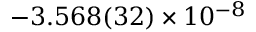
- 3 . 5 6 8 ( 3 2 ) \times 1 0 ^ { - 8 }